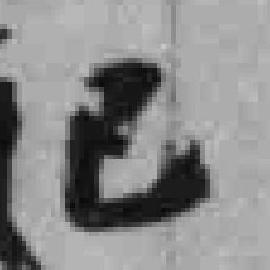
已